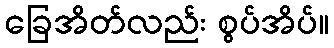
ခြေအိတ်လည်း စွပ်အိပ်။